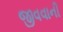
જીવવાની